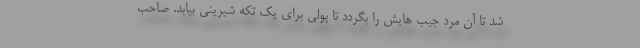
شد تا آن مرد جیب هایش را بگردد تا پولی برای یک تکه شیرینی بیابد. صاحب